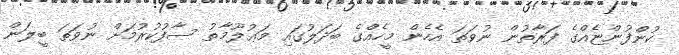
ކުންފުންޏެއްގެ ފަރާތުން ނުވަތަ އެހެން މީހެއްގެ ބަދަލުގައި މަޢުލޫމާތު ސާފުކުރުމަށް ނުވަތަ ބީލަން